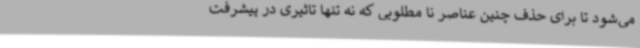
می‌شود تا برای حذف چنین عناصر نا مطلوبی که نه تنها تاثیری در پیشرفت